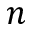
n